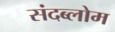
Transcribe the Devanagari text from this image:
संदब्लोम